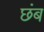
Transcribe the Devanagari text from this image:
छंब